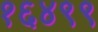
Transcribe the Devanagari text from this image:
१६४९९